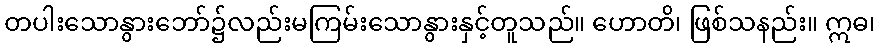
တပါးသောနွားဘော်၌လည်းမကြမ်းသောနွားနှင့်တူသည်။ ဟောတိ၊ ဖြစ်သနည်း။ ဣဓ၊